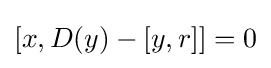
{\textstyle [x,D(y)-[y,r]]=0}